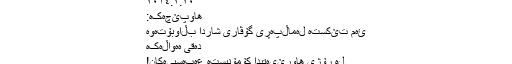
٢٠١٤.٢.٢٠
هاوپێچەکە:
ئەم تێکستە لەماڵپەڕی گۆڤاری شاردا بڵاوبۆتەوە
دەقی هەواڵەکە
لە ڕۆژی هاوڕێیەتیدا کۆمۆنیستە عەبەسییەکان!